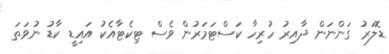
ޑޮލަރު ގަންނަން ދާއިރު ހުރިހާ ކަސްޓަމަރުން ވެސް ޓިކެޓާއެކު އައިޑީ ކާޑު ނުވަތަ